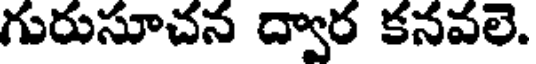
గురుసూచన ద్వార కనవలె.